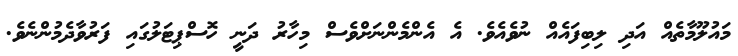
މައުލޫމާތެއް އަދި ލިބިފައެއް ނުވެއެވެ. އެ އެންމެންނަށްވެސް މިހާރު ދަނީ ހޮސްޕިޓަލުގައި ފަރުވާދެމުންނެވެ.